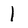
Character: 1